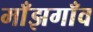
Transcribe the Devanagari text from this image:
माँझगाँव